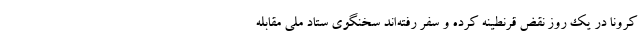
کرونا در یک روز نقض قرنطینه کرده و سفر رفته‌اند سخنگوی ستاد ملی مقابله